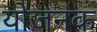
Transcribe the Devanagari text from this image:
योजनक